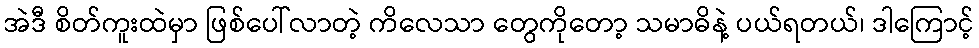
အဲဒီ စိတ်ကူးထဲမှာ ဖြစ်ပေါ်လာတဲ့ ကိလေသာ တွေကိုတော့ သမာဓိနဲ့ ပယ်ရတယ်၊ ဒါကြောင့်